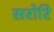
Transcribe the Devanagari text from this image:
सरोरि